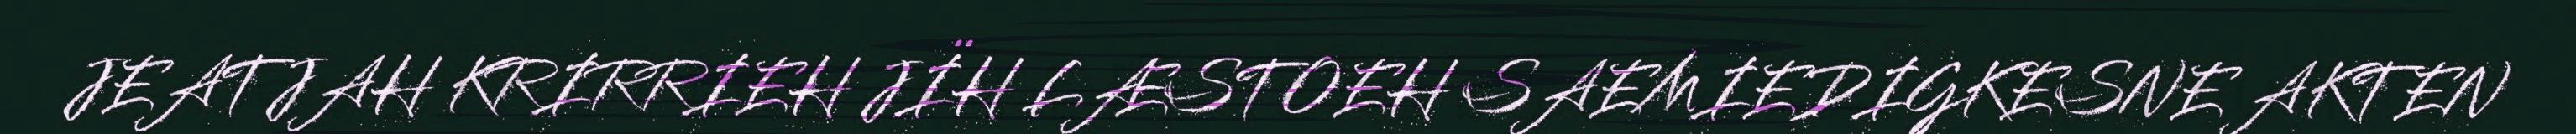
JEATJAH KRIRRIEH JÏH LÆSTOEH SAEMIEDIGKESNE AKTEN